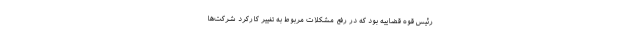
رئیس قوه قضاییه بود که در رفع مشکلات مربوط به تغییر کارکرد شرکت‌ها